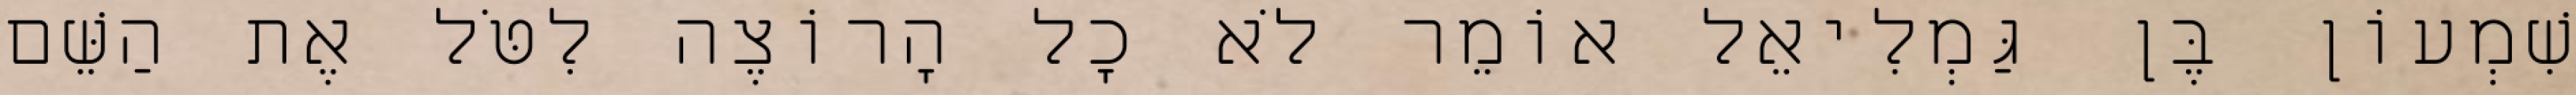
שִׁמְעוֹן בֶּן גַּמְלִיאֵל אוֹמֵר לֹא כָל הָרוֹצֶה לִטֹּל אֶת הַשֵּׁם